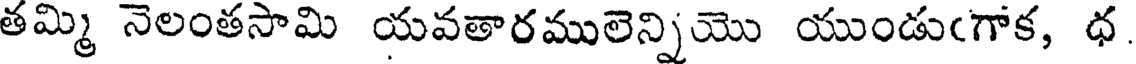
తమ్మి నెలంతసామి యవతారములెన్నియొ యుండుఁగాక, ధ